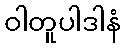
ဝါတူပါဒါနံ